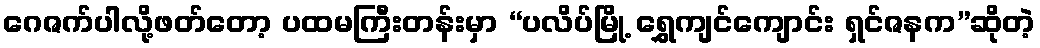
ဂေဇက်ပါလို့ဖတ်တော့ ပထမကြီးတန်းမှာ “ပလိပ်မြို့ ရွှေကျင်ကျောင်း ရှင်ဇနက”ဆိုတဲ့